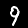
Label: 9